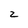
Character: 2